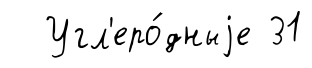
Угл'еро́дныjе 31